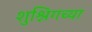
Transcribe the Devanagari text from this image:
शुश्निगच्या